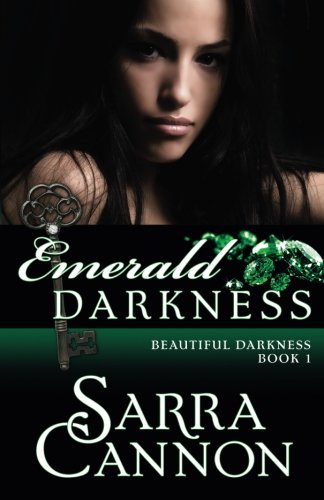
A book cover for Emerald Darkness (Beautiful Darkness) (Volume 1); Sarra Cannon; Science Fiction & Fantasy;